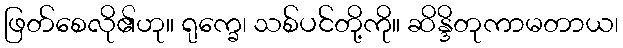
ဖြတ်စေလို၏ဟု။ ရုက္ခေ၊ သစ်ပင်တို့ကို။ ဆိန္ဒိတုကာမတာယ၊